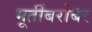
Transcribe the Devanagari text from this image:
मूर्तींबरोबर